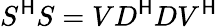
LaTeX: S^{\mathsf{H}}S=VD^{\mathsf{H}}DV^{\mathsf{H}}